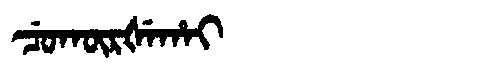
Manchu: ᠴᡠᡴᡡᡵᡧᡝᡥᠠᡳ
Romanization: CUKŪRŠEHAI